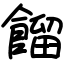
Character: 餾